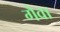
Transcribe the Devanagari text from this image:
गैवा